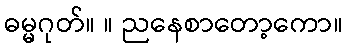
ဓမ္မဂုတ်။ ။ ညနေစာတော့ကော။